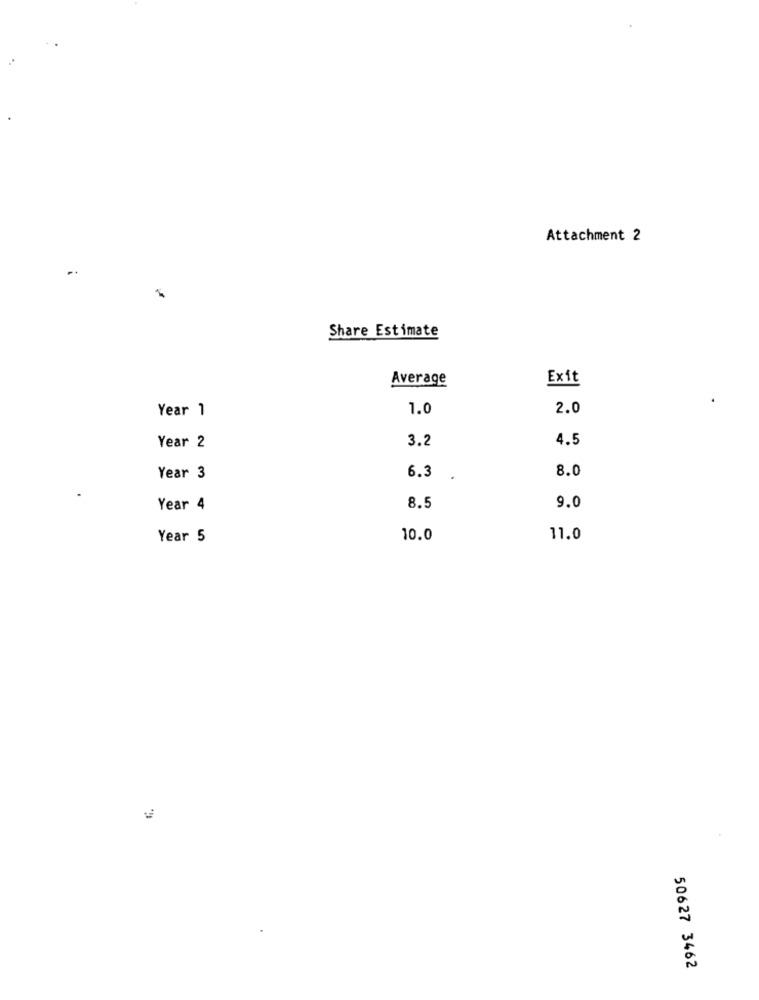
Attachment 2
-
Share Estimate
Average
Exit
Year 1
1.0
2.0
3.2
4.5
Year 2
8.0
Year 3
6.3
Year 4
8.5
9.0
Year 5
10.0
11.0
50627 3462